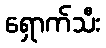
ရှောက်သီး